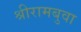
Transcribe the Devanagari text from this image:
श्रीरामबुवा